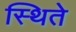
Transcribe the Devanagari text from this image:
स्थिते